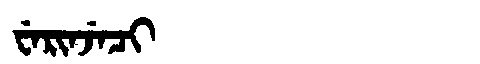
Manchu: ᠸᡝᡵᡳᠨᠵᡝᠴᡳ
Romanization: WERINJECI